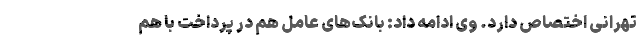
تهرانی اختصاص دارد. وی ادامه داد: بانک‌های عامل هم در پرداخت با هم